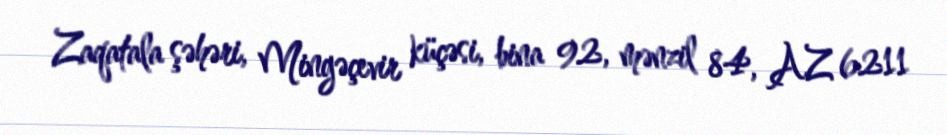
Zaqatala şəhəri, Mingəçevir küçəsi, bina 92, mənzil 84, AZ 6211